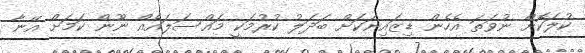
ކުލަކޮށް ނުވަތަ އެހެން ޑިޒައިނަކަށް ބަދަލު ކުރުމަކީ މައްސަލައެއް ނޫން ކަމަށް އޭނާ